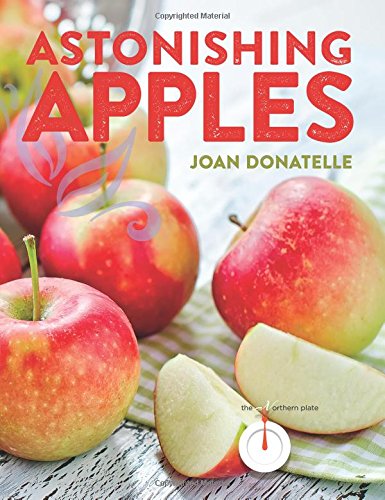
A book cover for Astonishing Apples; Joan Donatelle; Cookbooks, Food & Wine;